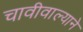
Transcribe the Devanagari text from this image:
चावीवाल्याने